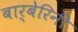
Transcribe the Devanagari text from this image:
बार्बेरिनी